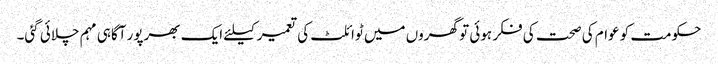
حکومت کو عوام کی صحت کی فکر ہوئی تو گھروں میں ٹوائلٹ کی تعمیر کیلئے ایک بھرپور آگاہی مہم چلائی گئی۔